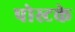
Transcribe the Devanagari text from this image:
पोस्टके